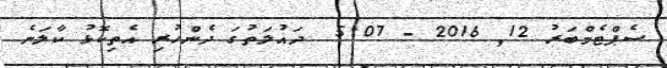
ސެޕްޓެމްބަރު 12